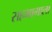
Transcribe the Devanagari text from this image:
सहभागाला